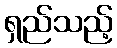
ရှည်သည့်